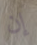
إن